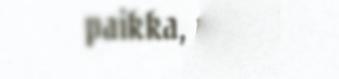
paikka, missä